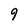
Character: 9